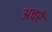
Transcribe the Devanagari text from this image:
अचरे